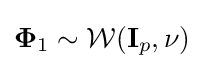
{\mathbf {\Phi } _{1}}\sim {\mathcal {W}}({\mathbf {I} _{p}},\nu )